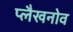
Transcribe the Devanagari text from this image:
प्लैखनोव